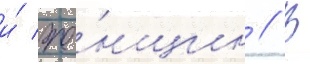
и́ же́нщин // В